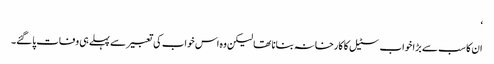
‘
ان کا سب سے بڑا خواب سٹیل کا کارخانہ بنانا تھا لیکن وہ اس خواب کی تعبیر سے پہلے ہی وفات پاگئے۔